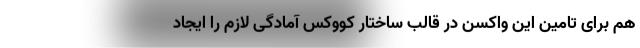
هم برای تامین این واکسن در قالب ساختار کووکس آمادگی لازم را ایجاد